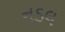
નૂડલ